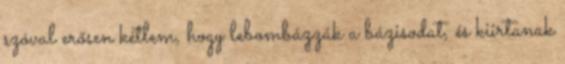
szóval erősen kétlem, hogy lebombázzák a bázisodat, és kiirtanak